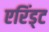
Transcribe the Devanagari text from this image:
एरिंड्ट